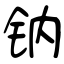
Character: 钠